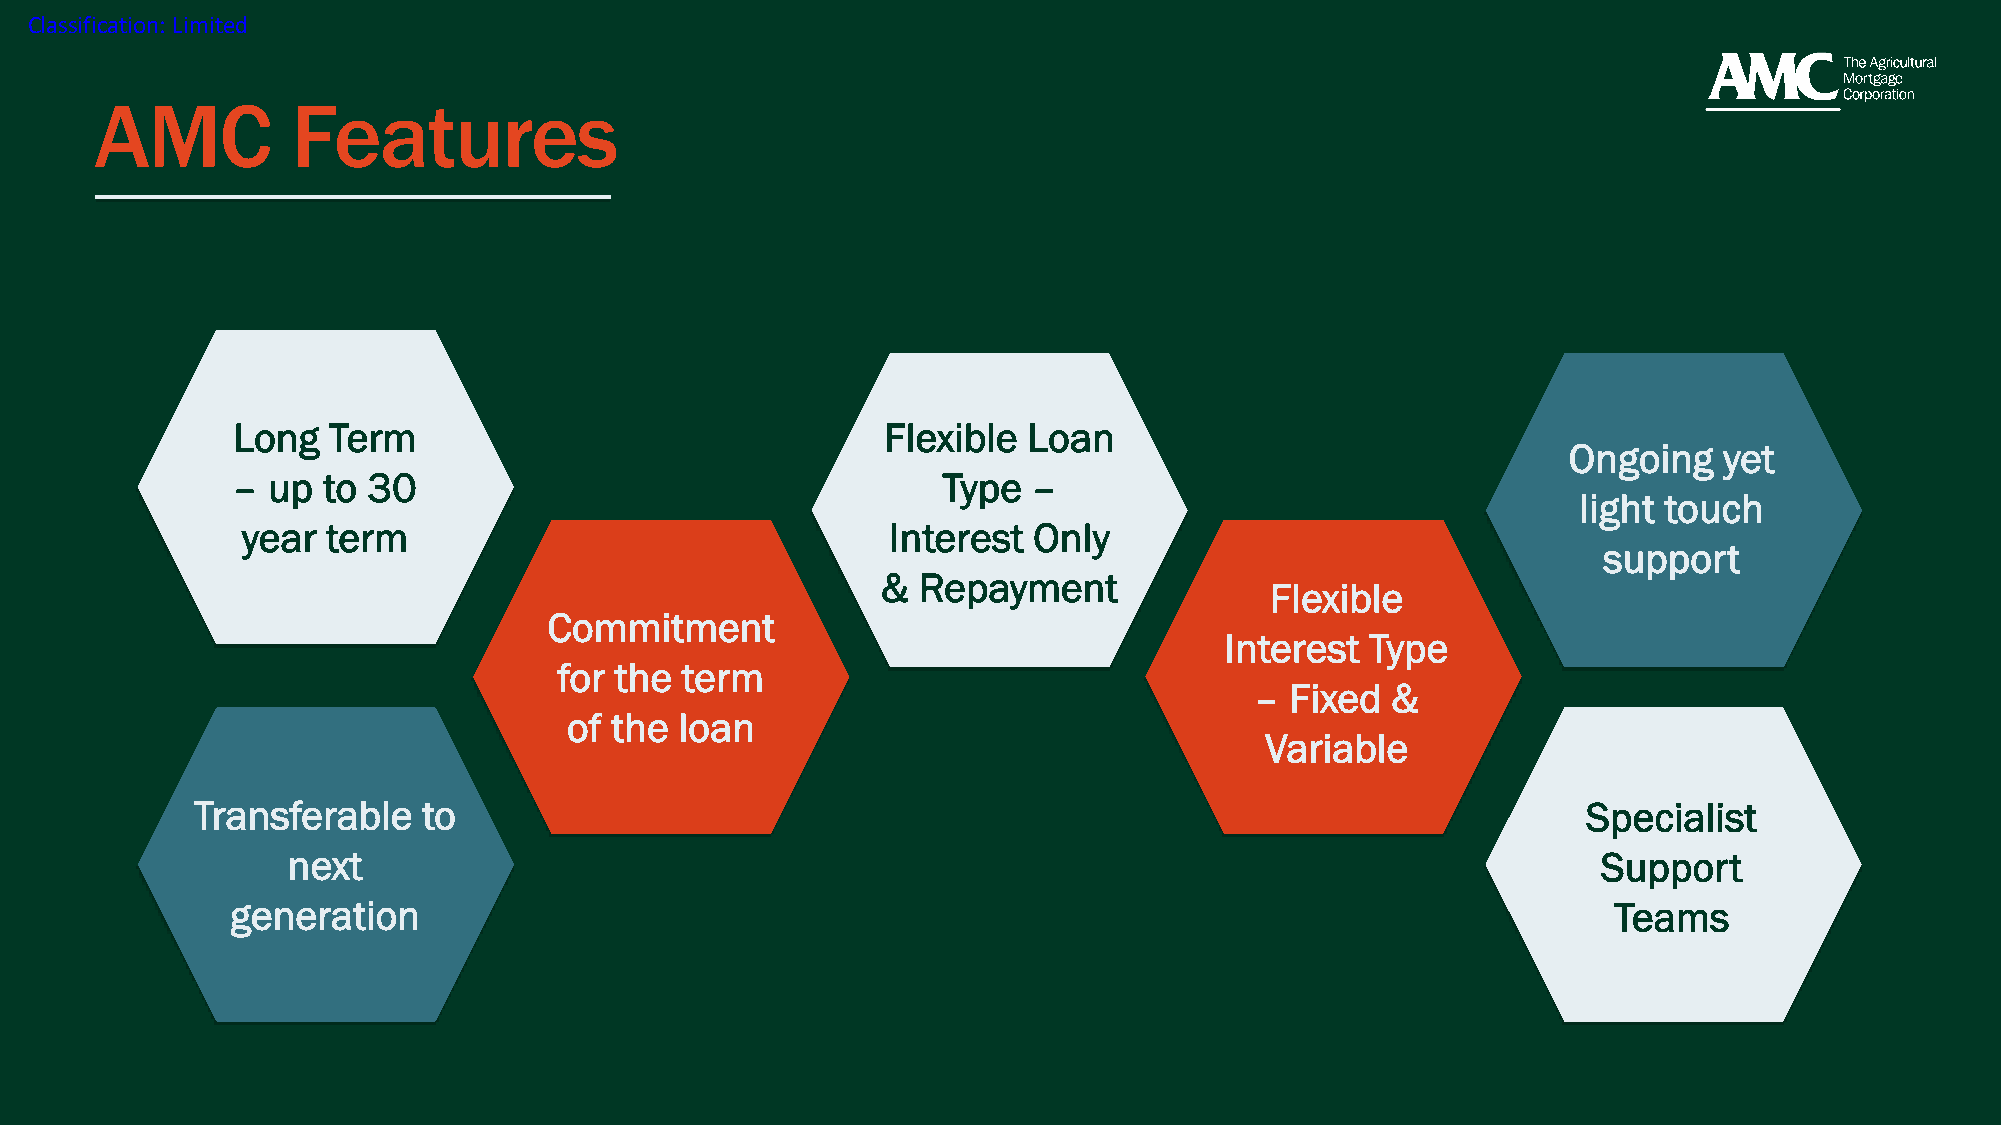
Classification: Limited
 AMC          Features
 Long   Term                                 Flexible Loan
 Ongoing   yet
 –  up to 30                                    Type  –
 light touch
 year  term                                 Interest Only
 support
 &  Repayment
 Flexible
 Commitment
 Interest  Type
 for the term
 – Fixed  &
 of the loan
 Variable
 Transferable   to                                                                           Specialist
 next                                                                                   Support
 generation                                                                                  Teams